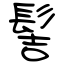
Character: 髻